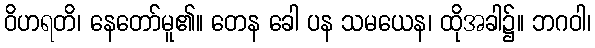
ဝိဟရတိ၊ နေတော်မူ၏။ တေန ခေါ ပန သမယေန၊ ထိုအခါ၌။ ဘဂဝါ၊